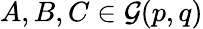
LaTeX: A,B,C\in{\mathcal{G}}(p,q)